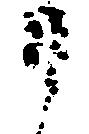
リ